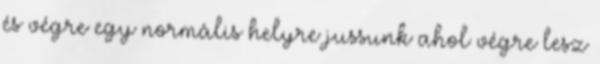
és végre egy normális helyre jussunk ahol végre lesz